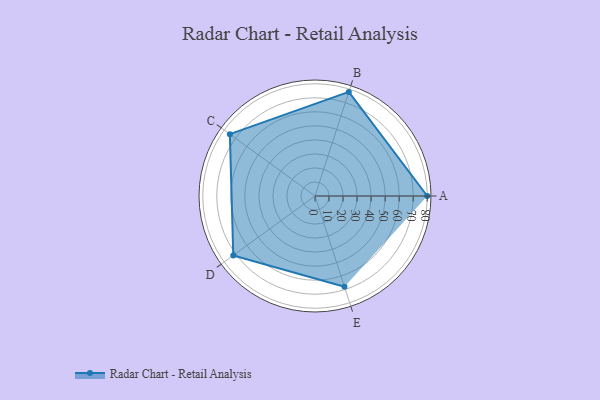
{"axis": {"x": "Skill", "y": "Score"}, "legend": ["Profile"], "data": [{"x": "A", "y": 80.0, "type": "Profile"}, {"x": "B", "y": 78.0, "type": "Profile"}, {"x": "C", "y": 75.0, "type": "Profile"}, {"x": "D", "y": 72.0, "type": "Profile"}, {"x": "E", "y": 68.0, "type": "Profile"}]}